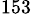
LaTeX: ^{153}